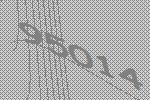
95014